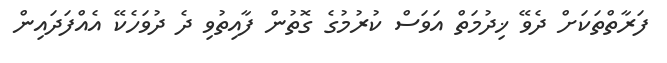
ފަރާތްތަކަށް ދެވޭ ޚިދުމަތް އަވަސް ކުރުމުގެ ގޮތުން ފާއިތުވި ދެ ދުވަހެކޭ އެއްފަދައިން